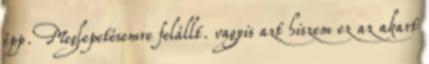
épp. Meglepetésemre felállt. vagyis azt hiszem ez az akart